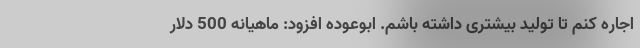
اجاره کنم تا تولید بیشتری داشته باشم. ابوعوده افزود: ماهیانه 500 دلار